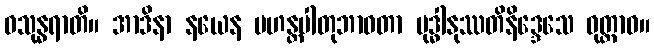
ဝသုန္ဓရာတိ။ အာဒိနာ နယေန မဟန္တပါတုဘာဝတာ ဗုဒ္ဓါနုဿတိနိဒ္ဒေသေ ဝုတ္တာဝ။